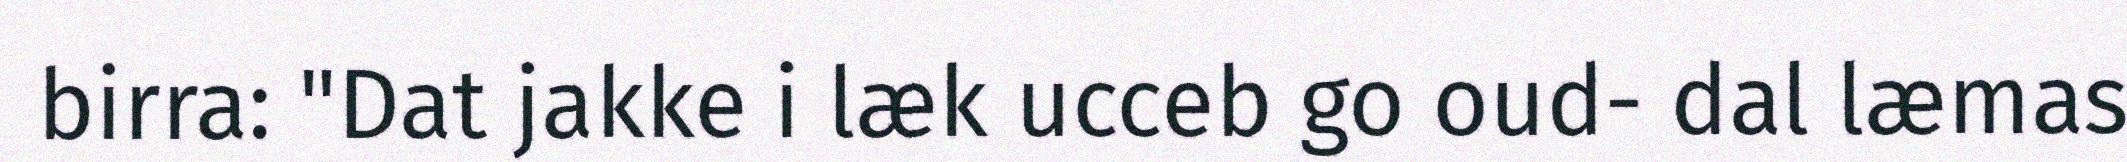
birra: "Dat jakke i læk ucceb go oud- dal læmas